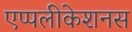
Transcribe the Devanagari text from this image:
एप्पलीकेशनस